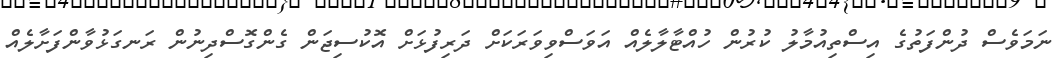
ނަމަވެސް ދުންފަތުގެ އިސްތިއުމާލު ކުރުން ހުއްޓާލާލެއް އަވަސްވިވަރަކަށް ދަރިފުޅަށް އޮކުސިޖަން ގެންގޮސްދިނުން ރަނގަޅުވާންފަށާލެއް